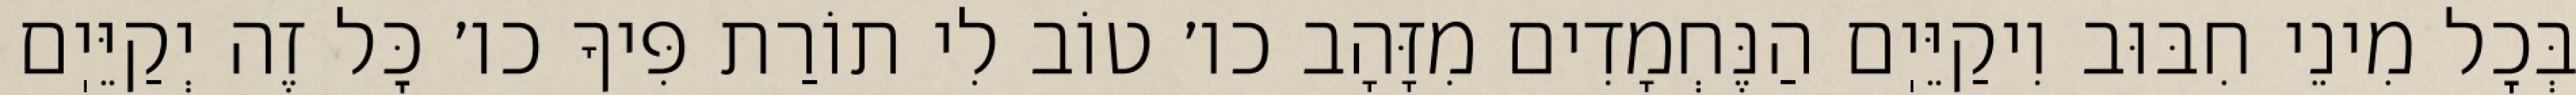
בְּכׇל מִינֵי חִבּוּב וִיקַיֵּיֽם הַנֶּחְמָדִים מִזָּהָב כו׳ טוֹב לִי תוֹרַת פִּיךָ כו׳ כׇּל זֶה יְקַיֵּיֽם